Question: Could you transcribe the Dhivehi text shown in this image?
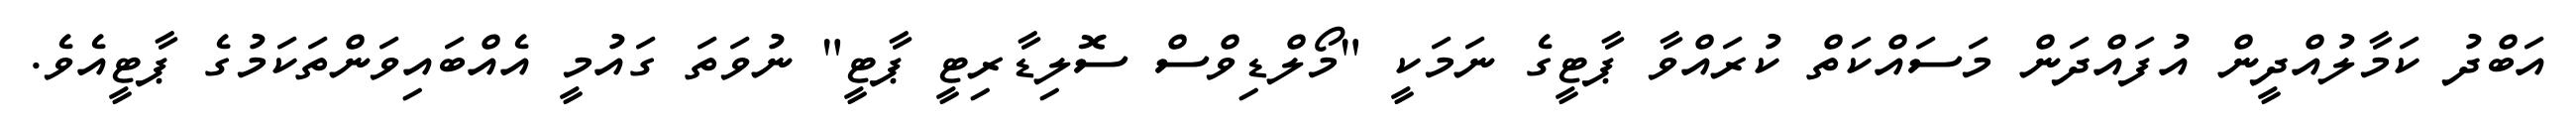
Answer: އަބްދު ކަމާލުއްދީން އުފައްދަން މަސައްކަތް ކުރައްވާ ޕާޓީގެ ނަމަކީ "މޯލްޑިވްސް ސޮލިޑާރިޓީ ޕާޓީ" ނުވަތަ ގައުމީ އެއްބައިވަންތަކަމުގެ ޕާޓީއެވެ.